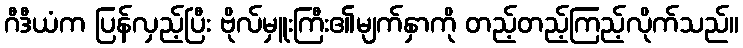
ဂီဒီယံက ပြန်လှည့်ပြီး ဗိုလ်မှူးကြီး၏မျက်နှာကို တည့်တည့်ကြည့်လိုက်သည်။